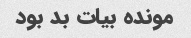
مونده بیات بد بود